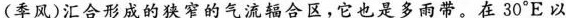
(季风)汇合形成的狭窄的气流辐合区，它也是多雨带。在30°E以